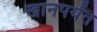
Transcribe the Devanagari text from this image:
खानपर्यंत